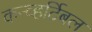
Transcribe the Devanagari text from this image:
कन्व्हर्टिबल